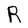
Character: R